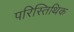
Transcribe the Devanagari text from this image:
परिस्तिथिक